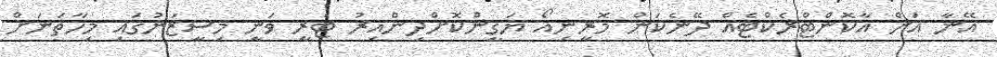
އޭނާ އަށް އާކޮންޓްރެކްޓެއް ދޭނެކަން މޮރީނިއޯ ޔަގީންކޮށްދިންއިރު ޓެރީ ވަނީ މިސީޒަނުގައި މިހާތަނަށް